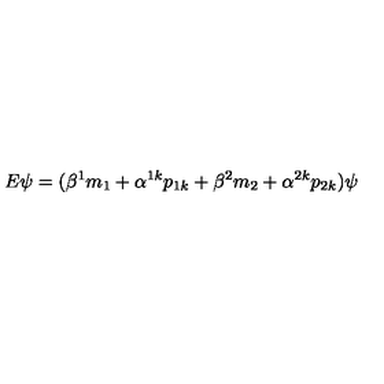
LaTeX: E \psi = ( \beta ^ { 1 } m _ { 1 } + \alpha ^ { 1 k } p _ { 1 k } + \beta ^ { 2 } m _ { 2 } + \alpha ^ { 2 k } p _ { 2 k } ) \psi